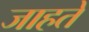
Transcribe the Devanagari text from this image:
जाहते